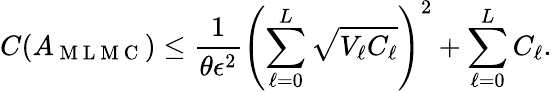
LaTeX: C(A_{\mathrm{~M~L~M~C~}})\le\frac{1}{\theta\epsilon^{2}}\left(\sum_{\ell=0}^{L}\sqrt{V_{\ell}C_{\ell}}\right)^{2}+\sum_{\ell=0}^{L}C_{\ell}.